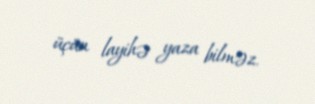
üçün layihə yaza bilməz.